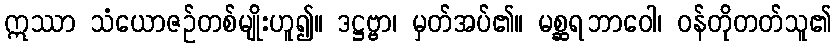
ဣဿာ သံယောဇဉ်တစ်မျိုးဟူ၍။ ဒဋ္ဌဗ္ဗာ၊ မှတ်အပ်၏။ မစ္ဆရဘာဝေါ၊ ဝန်တိုတတ်သူ၏